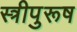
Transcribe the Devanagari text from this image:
स्त्रीपुरूष